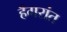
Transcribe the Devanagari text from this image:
हँगरांत